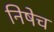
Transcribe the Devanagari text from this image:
निषेच